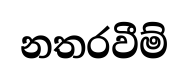
නතරවීම්